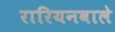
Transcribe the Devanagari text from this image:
रारियनवाले